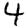
Digit: 4